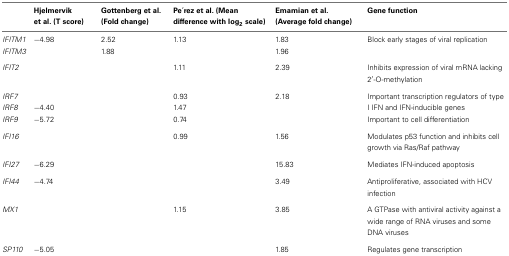
|  | Hjelmervik et al. (T score) | Gottenberg et al. (Fold change) | Pe?rez et al. (Mean difference with log2 scale) | Emamian et al. (Average fold change) | Gene function |
 | --- | --- | --- | --- | --- | --- |
 | IFITM1 | −4.98 | 2.52 | 1.13 | 1.83 | Block early stages of viral replication |
 | IFITM3 |  | 1.88 |  | 1.96 |  |
 | IFIT2 |  |  | 1.11 | 2.39 | Inhibits expression of viral mRNA lacking 2′-O-methylation |
 | IRF7 |  |  | 0.93 | 2.18 | Important transcription regulators of type |
 | IRF8 | −4.40 |  | 1.47 |  | I IFN and IFN-inducible genes |
 | IRF9 | −5.72 |  | 0.74 |  | Important to cell differentiation |
 | IFI16 |  |  | 0.99 | 1.56 | Modulates p53 function and inhibits cell growth via Ras/Raf pathway |
 | IFI27 | −6.29 |  |  | 15.83 | Mediates IFN-induced apoptosis |
 | IFI44 | −4.74 |  |  | 3.49 | Antiproliferative, associated with HCV infection |
 | MX1 |  |  | 1.15 | 3.85 | A GTPase with antiviral activity against a wide range of RNA viruses and some DNA viruses |
 | SP110 | −5.05 |  |  | 1.85 | Regulates gene transcription |